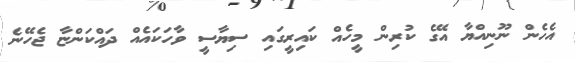
އެހެން ނޫނިއްޔާ އޭގެ ކުރިން މީހެއް ކައިރީގައި ސިޔާސީ ވާހަކައެއް ދައްކަންޏާ ޖެހޭނެ